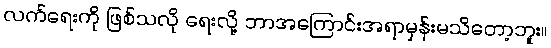
လက်ရေးကို ဖြစ်သလို ရေးလို့ ဘာအကြောင်းအရာမှန်းမသိတော့ဘူး။